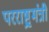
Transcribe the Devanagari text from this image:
परराष्ट्र्मंत्री